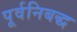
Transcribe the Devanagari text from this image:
पूर्वनिबद्ध